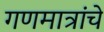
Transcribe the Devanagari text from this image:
गणमात्रांचे